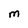
Character: M